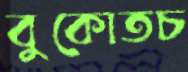
বুকোতচ